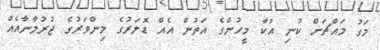
މަގު މައްޗަށް ކުނި އުކާ މީހުންގެ އަތުން އެއް ޑޮލަރުގެ މިންވަރުގެ ޖުރުމާނާއެއް